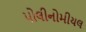
પોલીનોમીયલ